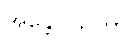
အန္တေဝါသိကာ